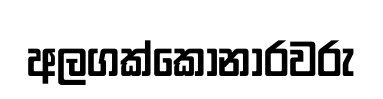
අලගක්කෝනාරවරු